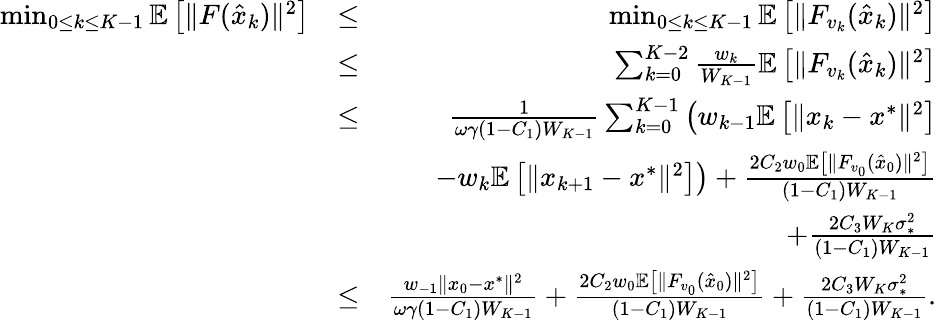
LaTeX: \begin{array}{rlr}{\operatorname*{min}_{0\leq k\leq K-1}\mathbb{E}\left[\| F(\hat{x}_{k})\| ^{2}\right]}&{\leq}&{\operatorname*{min}_{0\leq k\leq K-1}\mathbb{E}\left[\| F_{v_{k}}(\hat{x}_{k})\| ^{2}\right]}\\ &{\leq}&{\sum_{k=0}^{K-2}\frac{w_{k}}{W_{K-1}}\mathbb{E}\left[\| F_{v_{k}}(\hat{x}_{k})\| ^{2}\right]}\\ &{\leq}&{\frac{1}{\omega\gamma(1-C_{1})W_{K-1}}\sum_{k=0}^{K-1}\left(w_{k-1}\mathbb{E}\left[\| x_{k}-x^{*}\| ^{2}\right]\right.}\\ &{}&{\quad\left.-w_{k}\mathbb{E}\left[\| x_{k+1}-x^{*}\| ^{2}\right]\right)+\frac{2C_{2}w_{0}\mathbb{E}\left[\| F_{v_{0}}(\hat{x}_{0})\| ^{2}\right]}{(1-C_{1})W_{K-1}}}\\ &{}&{\quad+\frac{2C_{3}W_{K}\sigma_{*}^{2}}{(1-C_{1})W_{K-1}}}\\ &{\leq}&{\frac{w_{-1}\| x_{0}-x^{*}\| ^{2}}{\omega\gamma(1-C_{1})W_{K-1}}+\frac{2C_{2}w_{0}\mathbb{E}\left[\| F_{v_{0}}(\hat{x}_{0})\| ^{2}\right]}{(1-C_{1})W_{K-1}}+\frac{2C_{3}W_{K}\sigma_{*}^{2}}{(1-C_{1})W_{K-1}}.}\end{array}